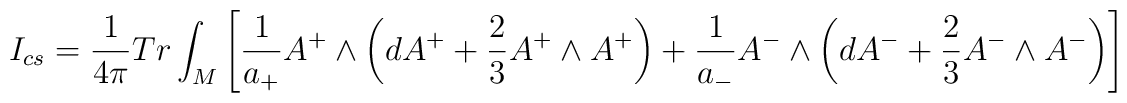
I_{cs} = \frac{1}{4\pi}Tr \int_M \left[\frac{1}{a_{+}}A^+ \wedge\left( dA^+ +\frac{2}{3}A^+ \wedge A^+ \right) + \frac{1}{a_{-}}A^- \wedge \left( dA^- +\frac{2}{3}A^- \wedge A^- \right) \right]